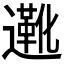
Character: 𬩑